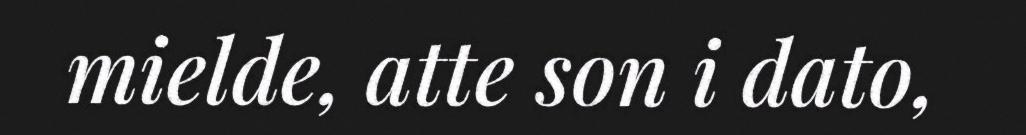
mielde, atte son i dato,